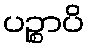
ပဉ္စာပိ